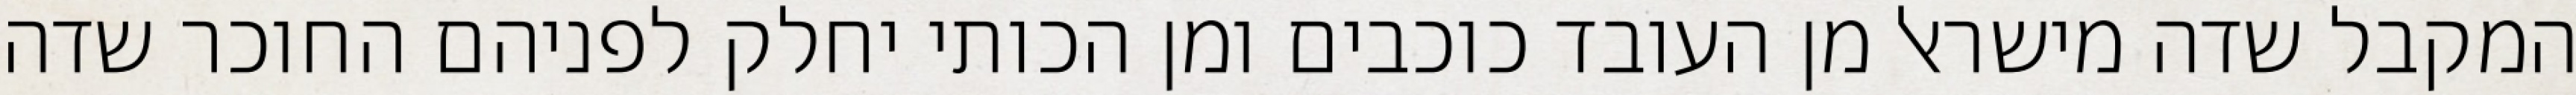
המקבל שדה מישראל מן העובד כוכבים ומן הכותי יחלק לפניהם החוכר שדה